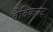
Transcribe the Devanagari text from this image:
वैदिकपद